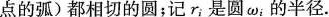
点的弧)都相切的圆；记r_{1}是圆\omega_{i}的半径